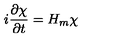
i \frac { \partial \chi } { \partial t } = H _ { m } \chi